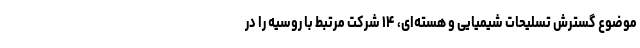
موضوع گسترش تسلیحات شیمیایی و هسته‌ای، ۱۴ شرکت مرتبط با روسیه را در